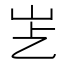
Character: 𡵋